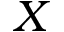
X